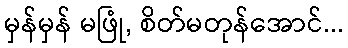
မှန်မှန် မဖြုံ, စိတ်မတုန်အောင်...